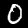
Label: 0